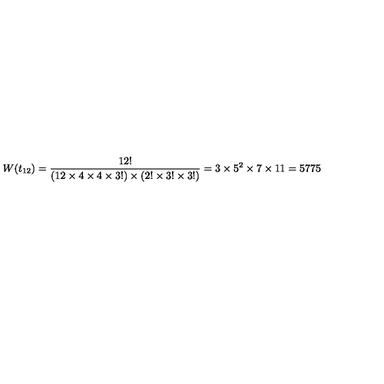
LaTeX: W ( t _ { 1 2 } ) = \frac { 1 2 ! } { ( 1 2 \times 4 \times 4 \times 3 ! ) \times ( 2 ! \times 3 ! \times 3 ! ) } = 3 \times 5 ^ { 2 } \times 7 \times 1 1 = 5 7 7 5